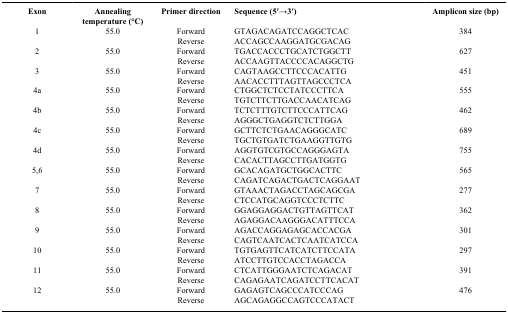
| Exon | Annealing temperature (°C) | Primer direction | Sequence (5′→3′) | Amplicon size (bp) |
 | --- | --- | --- | --- | --- |
 | 1 | 55.0 | Forward | GTAGACAGATCCAGGCTCAC | 384 |
 |  |  | Reverse | ACCAGCCAAGGATGCGACAG |  |
 | 2 | 55.0 | Forward | TGACCACCCTGCATCTGGCTT | 627 |
 |  |  | Reverse | ACCAAGTTACCCCACAGGCTG |  |
 | 3 | 55.0 | Forward | CAGTAAGCCTTCCCACATTG | 451 |
 |  |  | Reverse | AACACCTTTAGTTAGCCCTCA |  |
 | 4a | 55.0 | Forward | CTGGCTCTCCTATCCCTTCA | 555 |
 |  |  | Reverse | TGTCTTCTTGACCAACATCAG |  |
 | 4b | 55.0 | Forward | TCTCTTTGTCTTCCCATTCAG | 462 |
 |  |  | Reverse | AGGGCTGAGGTCTCTTGGA |  |
 | 4c | 55.0 | Forward | GCTTCTCTGAACAGGGCATC | 689 |
 |  |  | Reverse | TGCTGTGATCTGAAGGTTGTG |  |
 | 4d | 55.0 | Forward | AGGTGTCGTGCCAGGGAGTA | 755 |
 |  |  | Reverse | CACACTTAGCCTTGATGGTG |  |
 | 5,6 | 55.0 | Forward | GCACAGATGCTGGCACTTC | 565 |
 |  |  | Reverse | CAGATCAGACTGACTCAGGAAT |  |
 | 7 | 55.0 | Forward | GTAAACTAGACCTAGCAGCGA | 277 |
 |  |  | Reverse | CTCCATGCAGGTCCCTCTTC |  |
 | 8 | 55.0 | Forward | GGAGGAGGACTGTTAGTTCAT | 362 |
 |  |  | Reverse | AGAGGACAAGGGACATTTCCA |  |
 | 9 | 55.0 | Forward | AGACCAGGAGAGCACCACGA | 301 |
 |  |  | Reverse | CAGTCAATCACTCAATCATCCA |  |
 | 10 | 55.0 | Forward | TGTGAGTTCATCATCTTCCATA | 297 |
 |  |  | Reverse | ATCCTTGTCCACCTAGACCA |  |
 | 11 | 55.0 | Forward | CTCATTGGGAATCTCAGACAT | 391 |
 |  |  | Reverse | CAGAGAATCAGATCCTTCACAT |  |
 | 12 | 55.0 | Forward | GAGAGTCAGCCCATCCCAG | 476 |
 |  |  | Reverse | AGCAGAGGCCAGTCCCATACT |  |